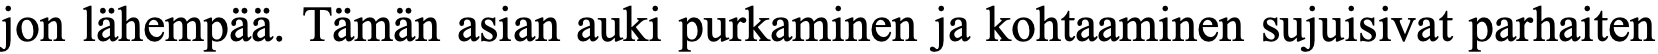
jon lähempää. Tämän asian auki purkaminen ja kohtaaminen sujuisivat parhaiten